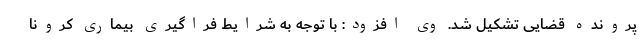
پرونده قضایی تشکیل شد. وی افزود: با توجه به شرایط فراگیری بیماری کرونا